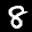
Label: 8